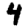
Digit: 4